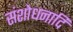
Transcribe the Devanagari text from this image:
संशोधनादि